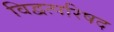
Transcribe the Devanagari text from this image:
विद्वत्परिषद